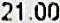
21.00